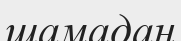
шамадан